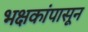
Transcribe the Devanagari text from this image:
भक्षकांपासून